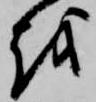
越